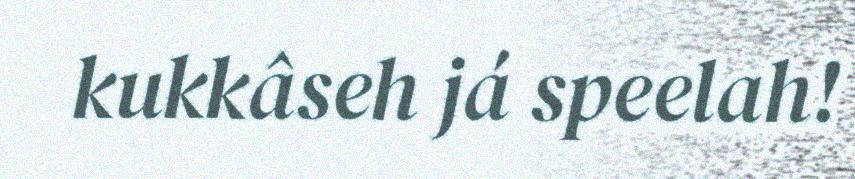
kukkâseh já speelah!